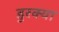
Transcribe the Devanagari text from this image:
डुरक्या